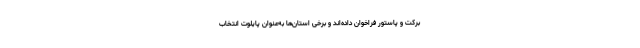
برکت و پاستور فراخوان داده‌‌اند و برخی استان‌ها به‌عنوان پایلوت انتخاب